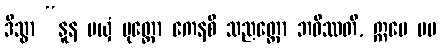
ဒိသွာ “နူန မယှံ ပုတ္တော ကေနစိ သညတ္တော ဘဝိဿတိ, ဣမေ မမ